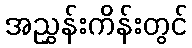
အညွှန်းကိန်းတွင်